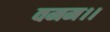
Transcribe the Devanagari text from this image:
वमम।।